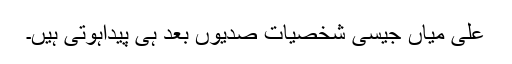
علی میاں جیسی شخصیات صدیوں بعد ہی پیداہوتی ہیں۔